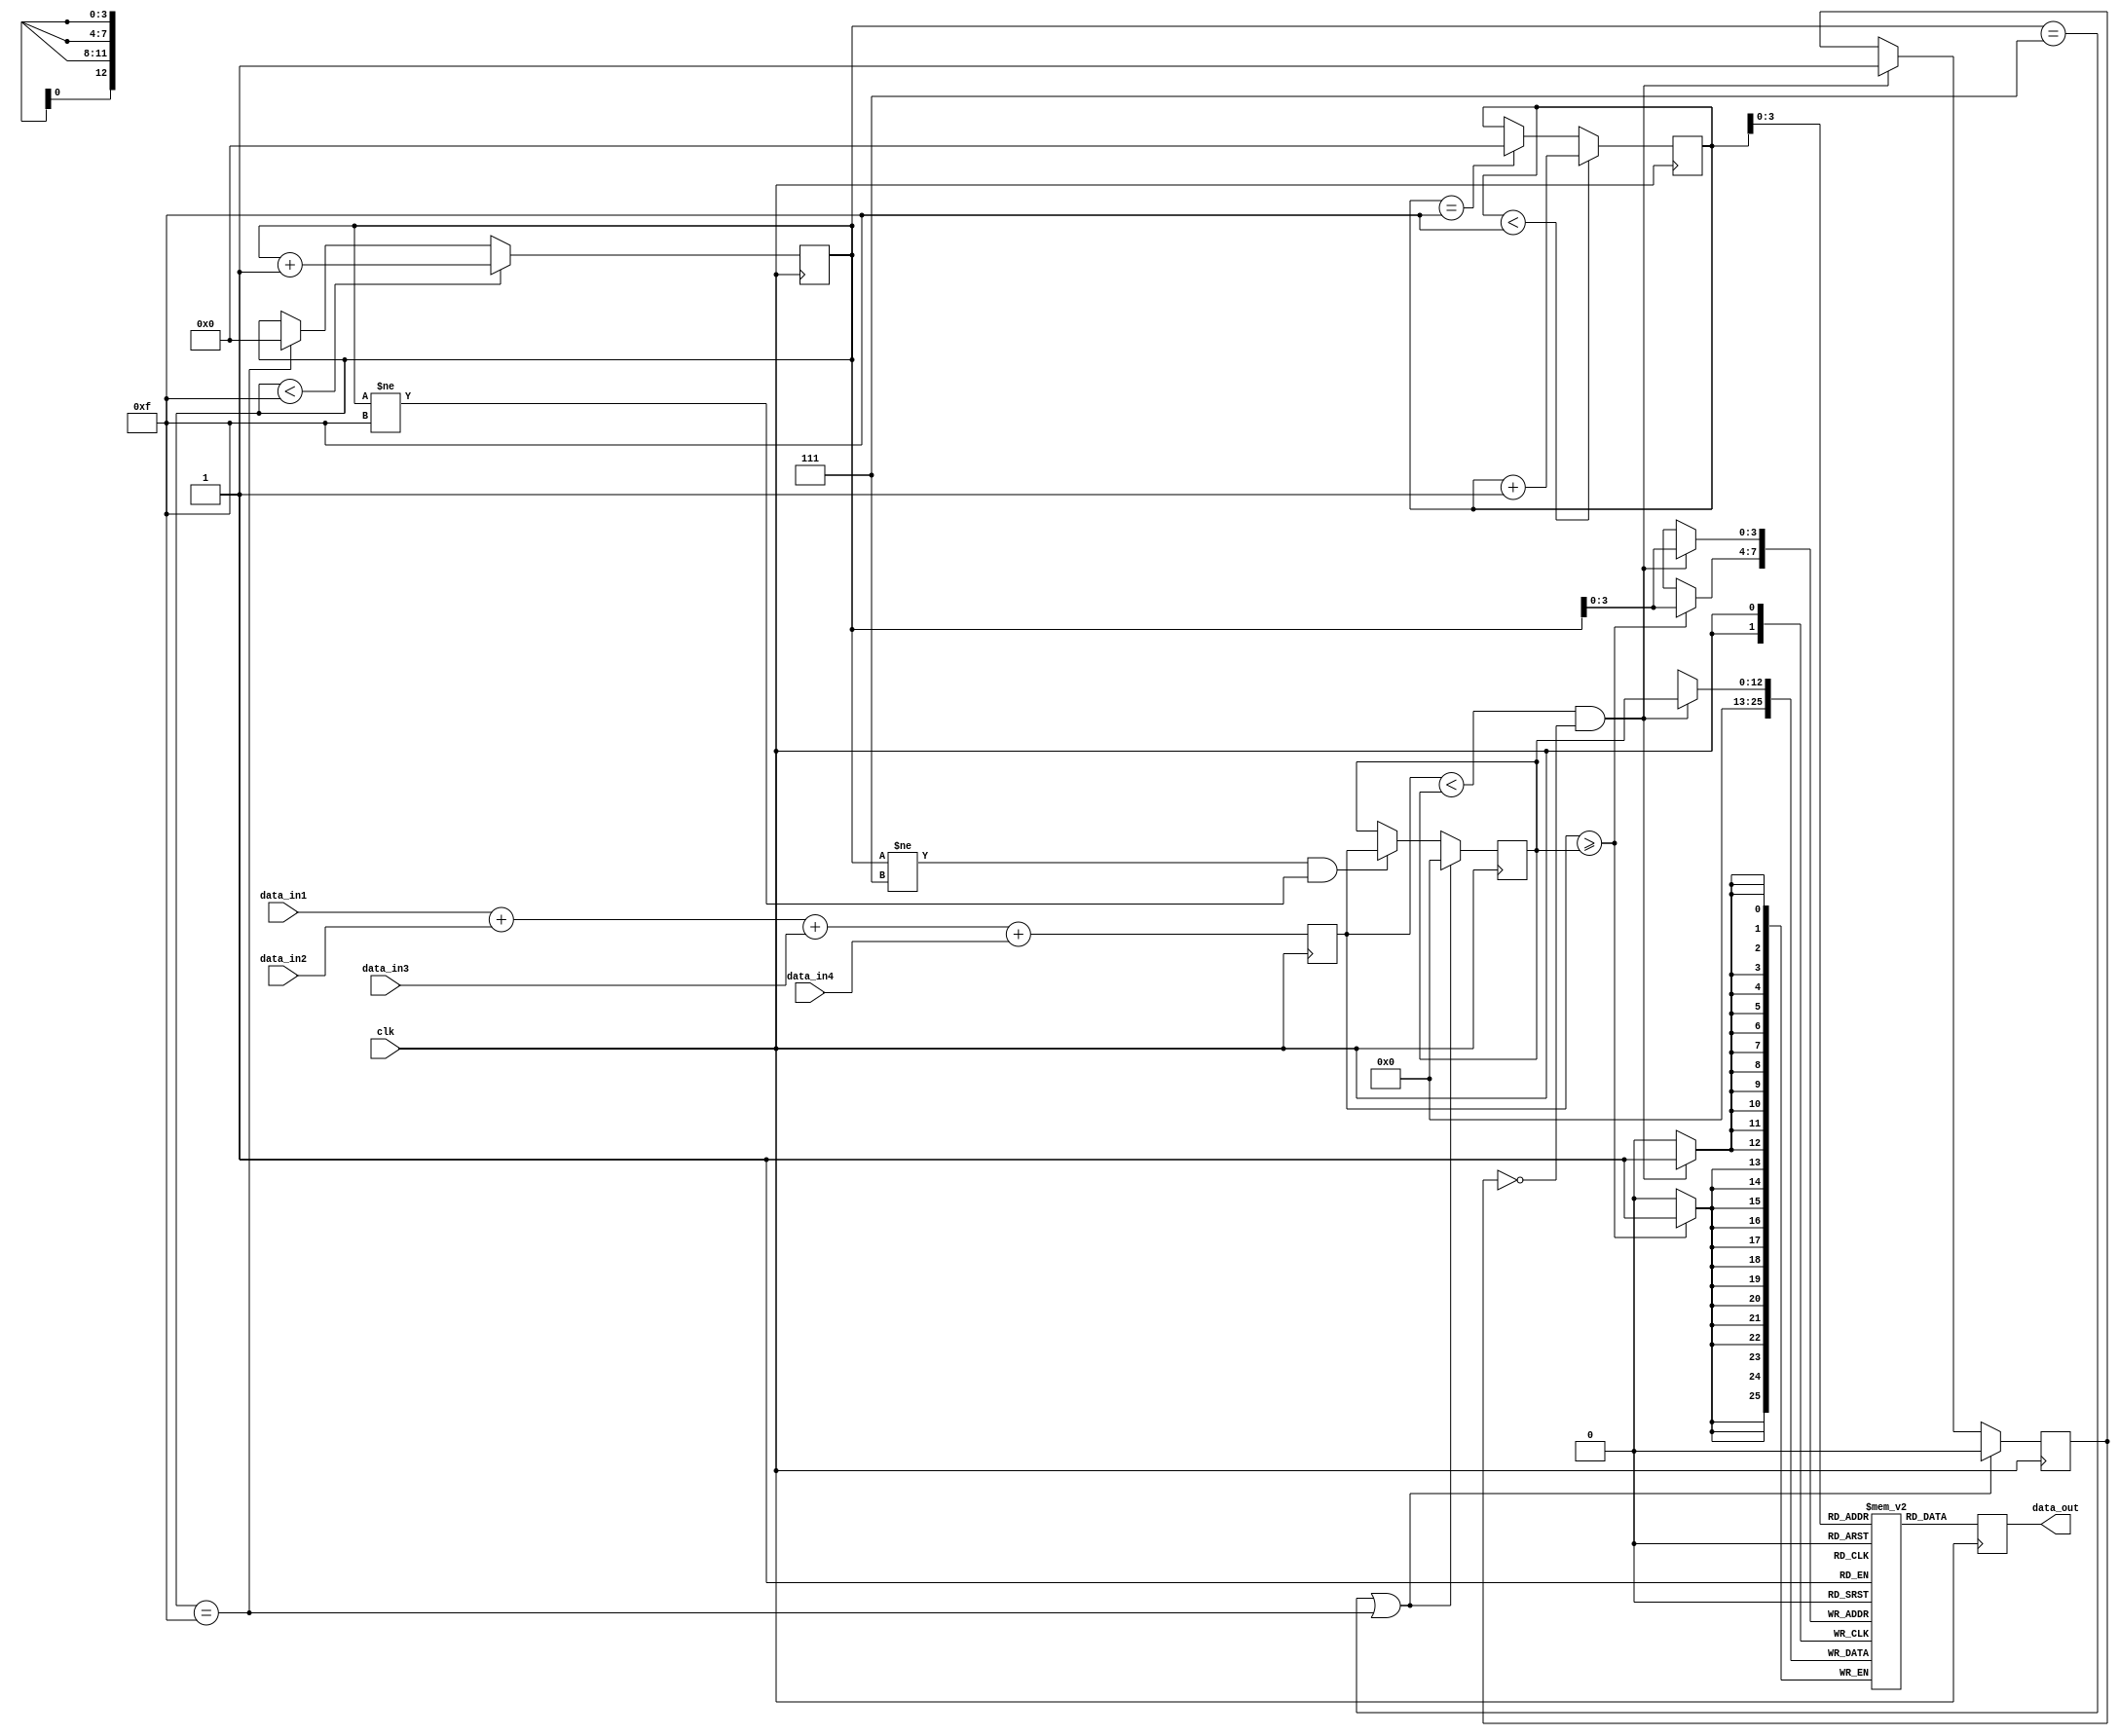
module elink_trig_summer(clk,data_in1,data_in2,data_in3,data_in4,data_out);

  parameter multisample = 8;

  input clk;
  input [11:0] data_in1;
  input [11:0] data_in2;
  input [11:0] data_in3;
  input [11:0] data_in4;

  output reg [12:0] data_out;

  reg [12:0] circle_ram [multisample+multisample-1:0];
  reg [12:0] high_value;
  reg [multisample:0] read_count;
  reg [multisample:0] write_count;
  reg [12:0] sum;
  reg done;

  initial begin
    circle_ram['d0]<='d0;
    circle_ram['d1]<='d0;
    circle_ram['d2]<='d0;
    circle_ram['d3]<='d0;
    circle_ram['d4]<='d0;
    circle_ram['d5]<='d0;
    circle_ram['d6]<='d0;
    circle_ram['d7]<='d0;
    circle_ram['d8]<='d0;
    circle_ram['d9]<='d0;
    circle_ram['d10]<='d0;
    circle_ram['d11]<='d0;
    circle_ram['d12]<='d0;
    circle_ram['d13]<='d0;
    circle_ram['d14]<='d0;
    circle_ram['d15]<='d0;
    read_count<='d8;
    write_count<='d0;
    high_value<='d0;
    done<=0;
  end

  always @(posedge clk) begin
    sum<=data_in1+data_in2+data_in3+data_in4;
    data_out<=circle_ram[read_count];
    if(sum<high_value && done==0) begin
      circle_ram[write_count]<=high_value;
      done<=1;
    end if (sum>=high_value) begin
      circle_ram[write_count]<=0;
    end if (write_count!='d7 && write_count!='d15) begin
      high_value<=sum;
    end if (write_count=='d7 || write_count=='d15) begin
      high_value<='d0;
      done<=0;
    end if (read_count==multisample+multisample-1) begin
      read_count<='d0;
    end if (read_count<multisample+multisample-1) begin
      read_count<=read_count + 'd1;
    end if (write_count==multisample+multisample-1) begin
      write_count<='d0;
    end if (write_count<multisample+multisample-1) begin
      write_count<=write_count + 'd1;
    end
  end
endmodule